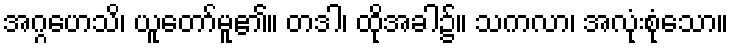
အဂ္ဂဟေသိ၊ ယူတော်မူ၏။ တဒါ၊ ထိုအခါ၌။ သကလာ၊ အလုံးစုံသော။